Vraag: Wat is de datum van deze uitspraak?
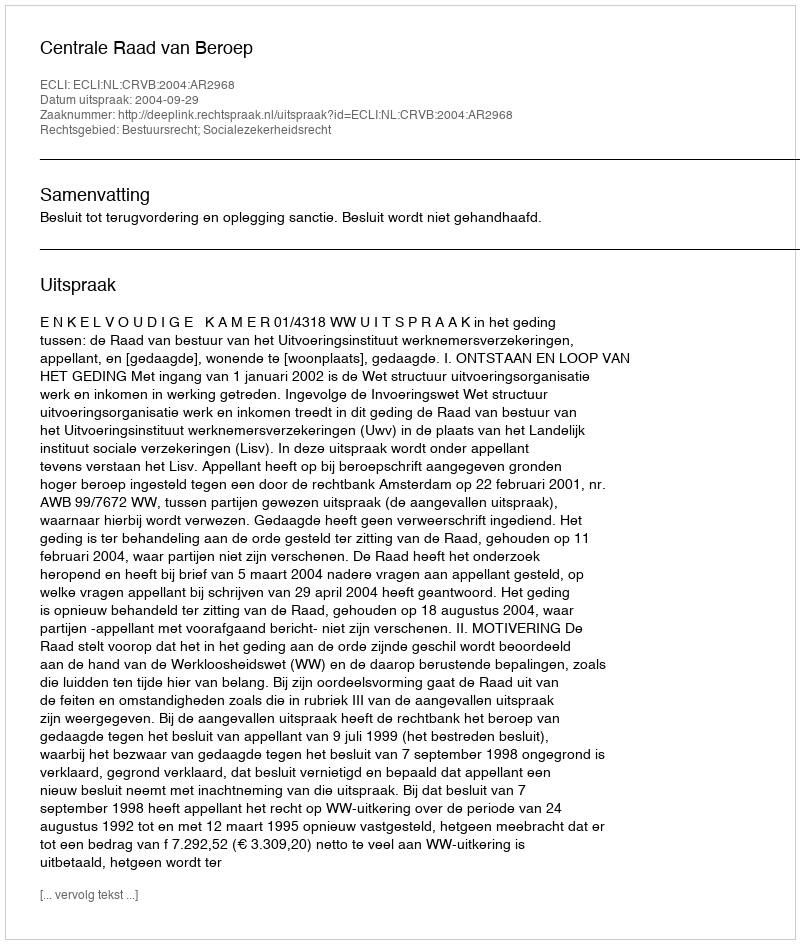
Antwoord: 2004-09-29